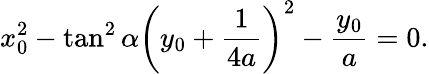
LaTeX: x_{0}^{2}-\tan^{2}\alpha\left(y_{0}+{\frac{1}{4a}}\right)^{2}-{\frac{y_{0}}{a}}=0.